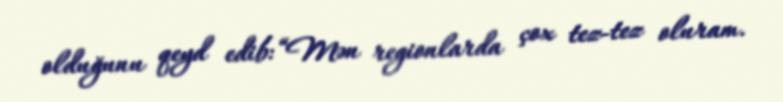
olduğunu qeyd edib: “Mən regionlarda çox tez-tez oluram.